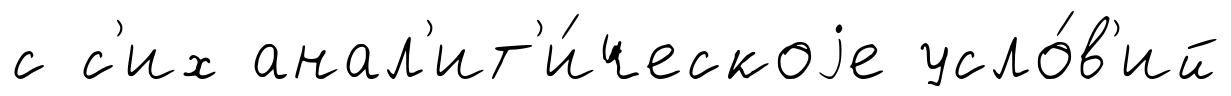
с с'их анал'ит'и́ческоjе усло́в'ий